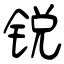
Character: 锐